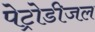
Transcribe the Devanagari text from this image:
पेट्रोडीजल